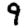
Digit: 9